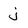
Character: j